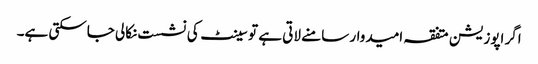
اگر اپوزیشن متفقہ امیدوار سامنے لاتی ہے تو سینٹ کی نشست نکالی جاسکتی ہے۔